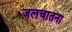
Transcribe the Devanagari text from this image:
जलचातना